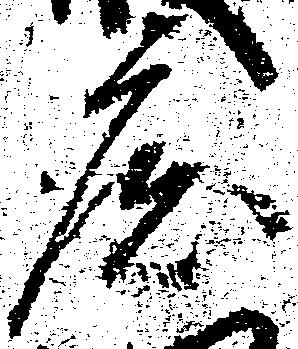
庄